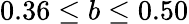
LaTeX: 0.36\le b\le 0.50